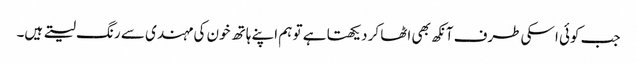
جب کوئی اسکی طرف آنکھ بھی اٹھا کر دیکھتا ہے تو ہم اپنے ہاتھ خون کی مہندی سے رنگ لیتے ہیں۔